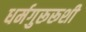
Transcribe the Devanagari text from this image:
धर्मगुरूरूशी